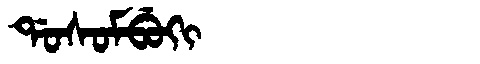
Manchu: ᡩᠣᠰᠣᠮᠪᡠᡴᡳ
Romanization: DOSOMBUKI